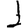
Digit: 1